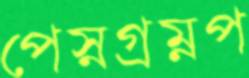
পেস্নগ্রম্নপ